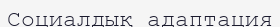
Социалдық адаптация